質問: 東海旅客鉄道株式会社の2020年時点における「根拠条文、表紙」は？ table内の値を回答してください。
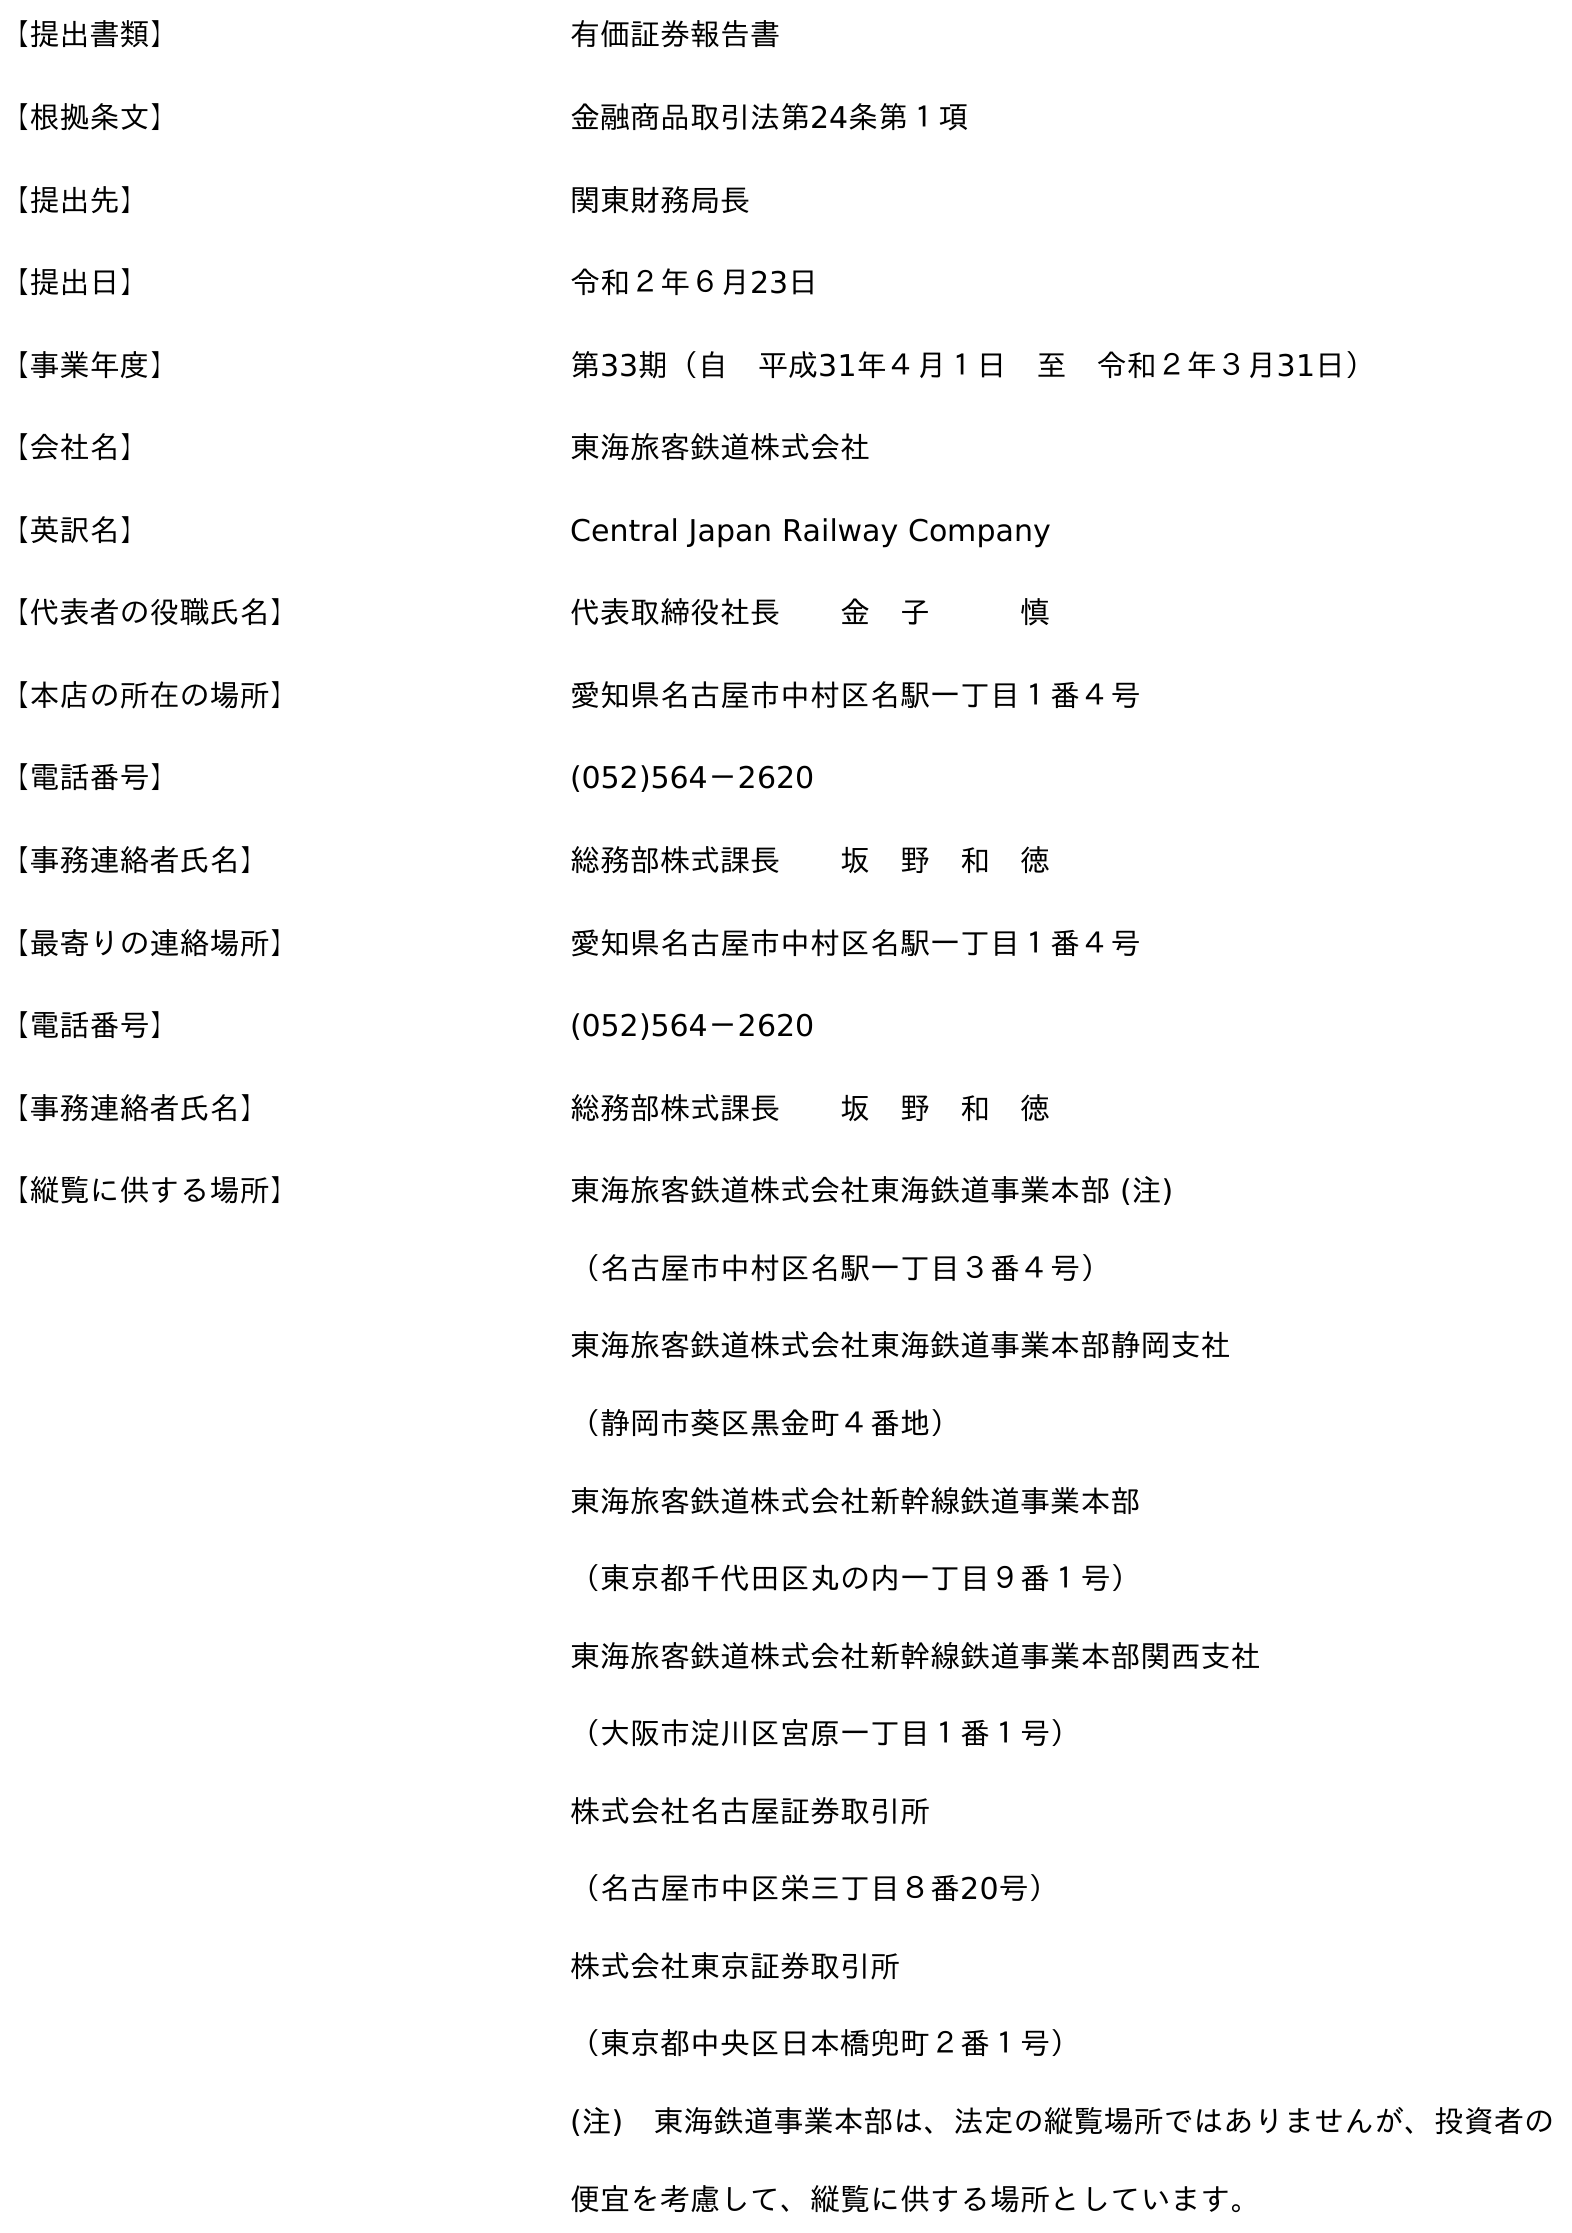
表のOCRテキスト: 【提出書類】 有価証券報告書 【根拠条文】 金融商品取引法第24条第１項 【提出先】 関東財務局長 【提出日】 令和２年６月23日 【事業年度】 第33期（自 平成31年４月１日 至 令和２年３月31日） 【会社名】 東海旅客鉄道株式会社 【英訳名】 Central Japan Railway Company 【代表者の役職氏名】 代表取締役社長  金 子   慎 【本店の所在の場所】 愛知県名古屋市中村区名駅一丁目１番４号 【電話番号】 (052)564－2620 【事務連絡者氏名】 総務部株式課長  坂 野 和 徳 【最寄りの連絡場所】 愛知県名古屋市中村区名駅一丁目１番４号 【電話番号】 (052)564－2620 【事務連絡者氏名】 総務部株式課長  坂 野 和 徳 【縦覧に供する場所】 東海旅客鉄道株式会社東海鉄道事業本部 (注) （名古屋市中村区名駅一丁目３番４号） 東海旅客鉄道株式会社東海鉄道事業本部静岡支社 （静岡市葵区黑金町４番地） 東海旅客鉄道株式会社新幹線鉄道事業本部 （東京都千代田区丸の内一丁目９番１号） 東海旅客鉄道株式会社新幹線鉄道事業本部関西支社 （大阪市淀川区宮原一丁目１番１号） 株式会社名古屋証券取引所 （名古屋市中区栄三丁目８番20号） 株式会社東京証券取引所 （東京都中央区日本橋兜町２番１号） (注) 東海鉄道事業本部は、法定の縦覧場所ではありませんが、投資者の 便宜を考慮して、縦覧に供する場所としています。
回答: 金融商品取引法第24条第１項